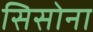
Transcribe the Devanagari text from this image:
सिसोना